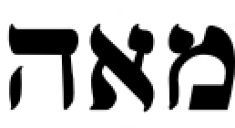
מאה